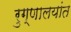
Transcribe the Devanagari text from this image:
रुग्णालयांत